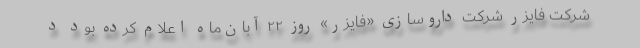
شرکت فایزر شرکت داروسازی «فایزر» روز ۲۲ آبان‌ماه اعلام کرده بود د